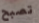
تصبح